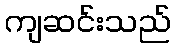
ကျဆင်းသည်